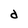
Character: d